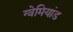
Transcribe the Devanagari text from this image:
ग्वेमियांड